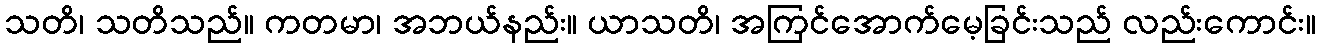
သတိ၊ သတိသည်။ ကတမာ၊ အဘယ်နည်း။ ယာသတိ၊ အကြင်အောက်မေ့ခြင်းသည် လည်းကောင်း။